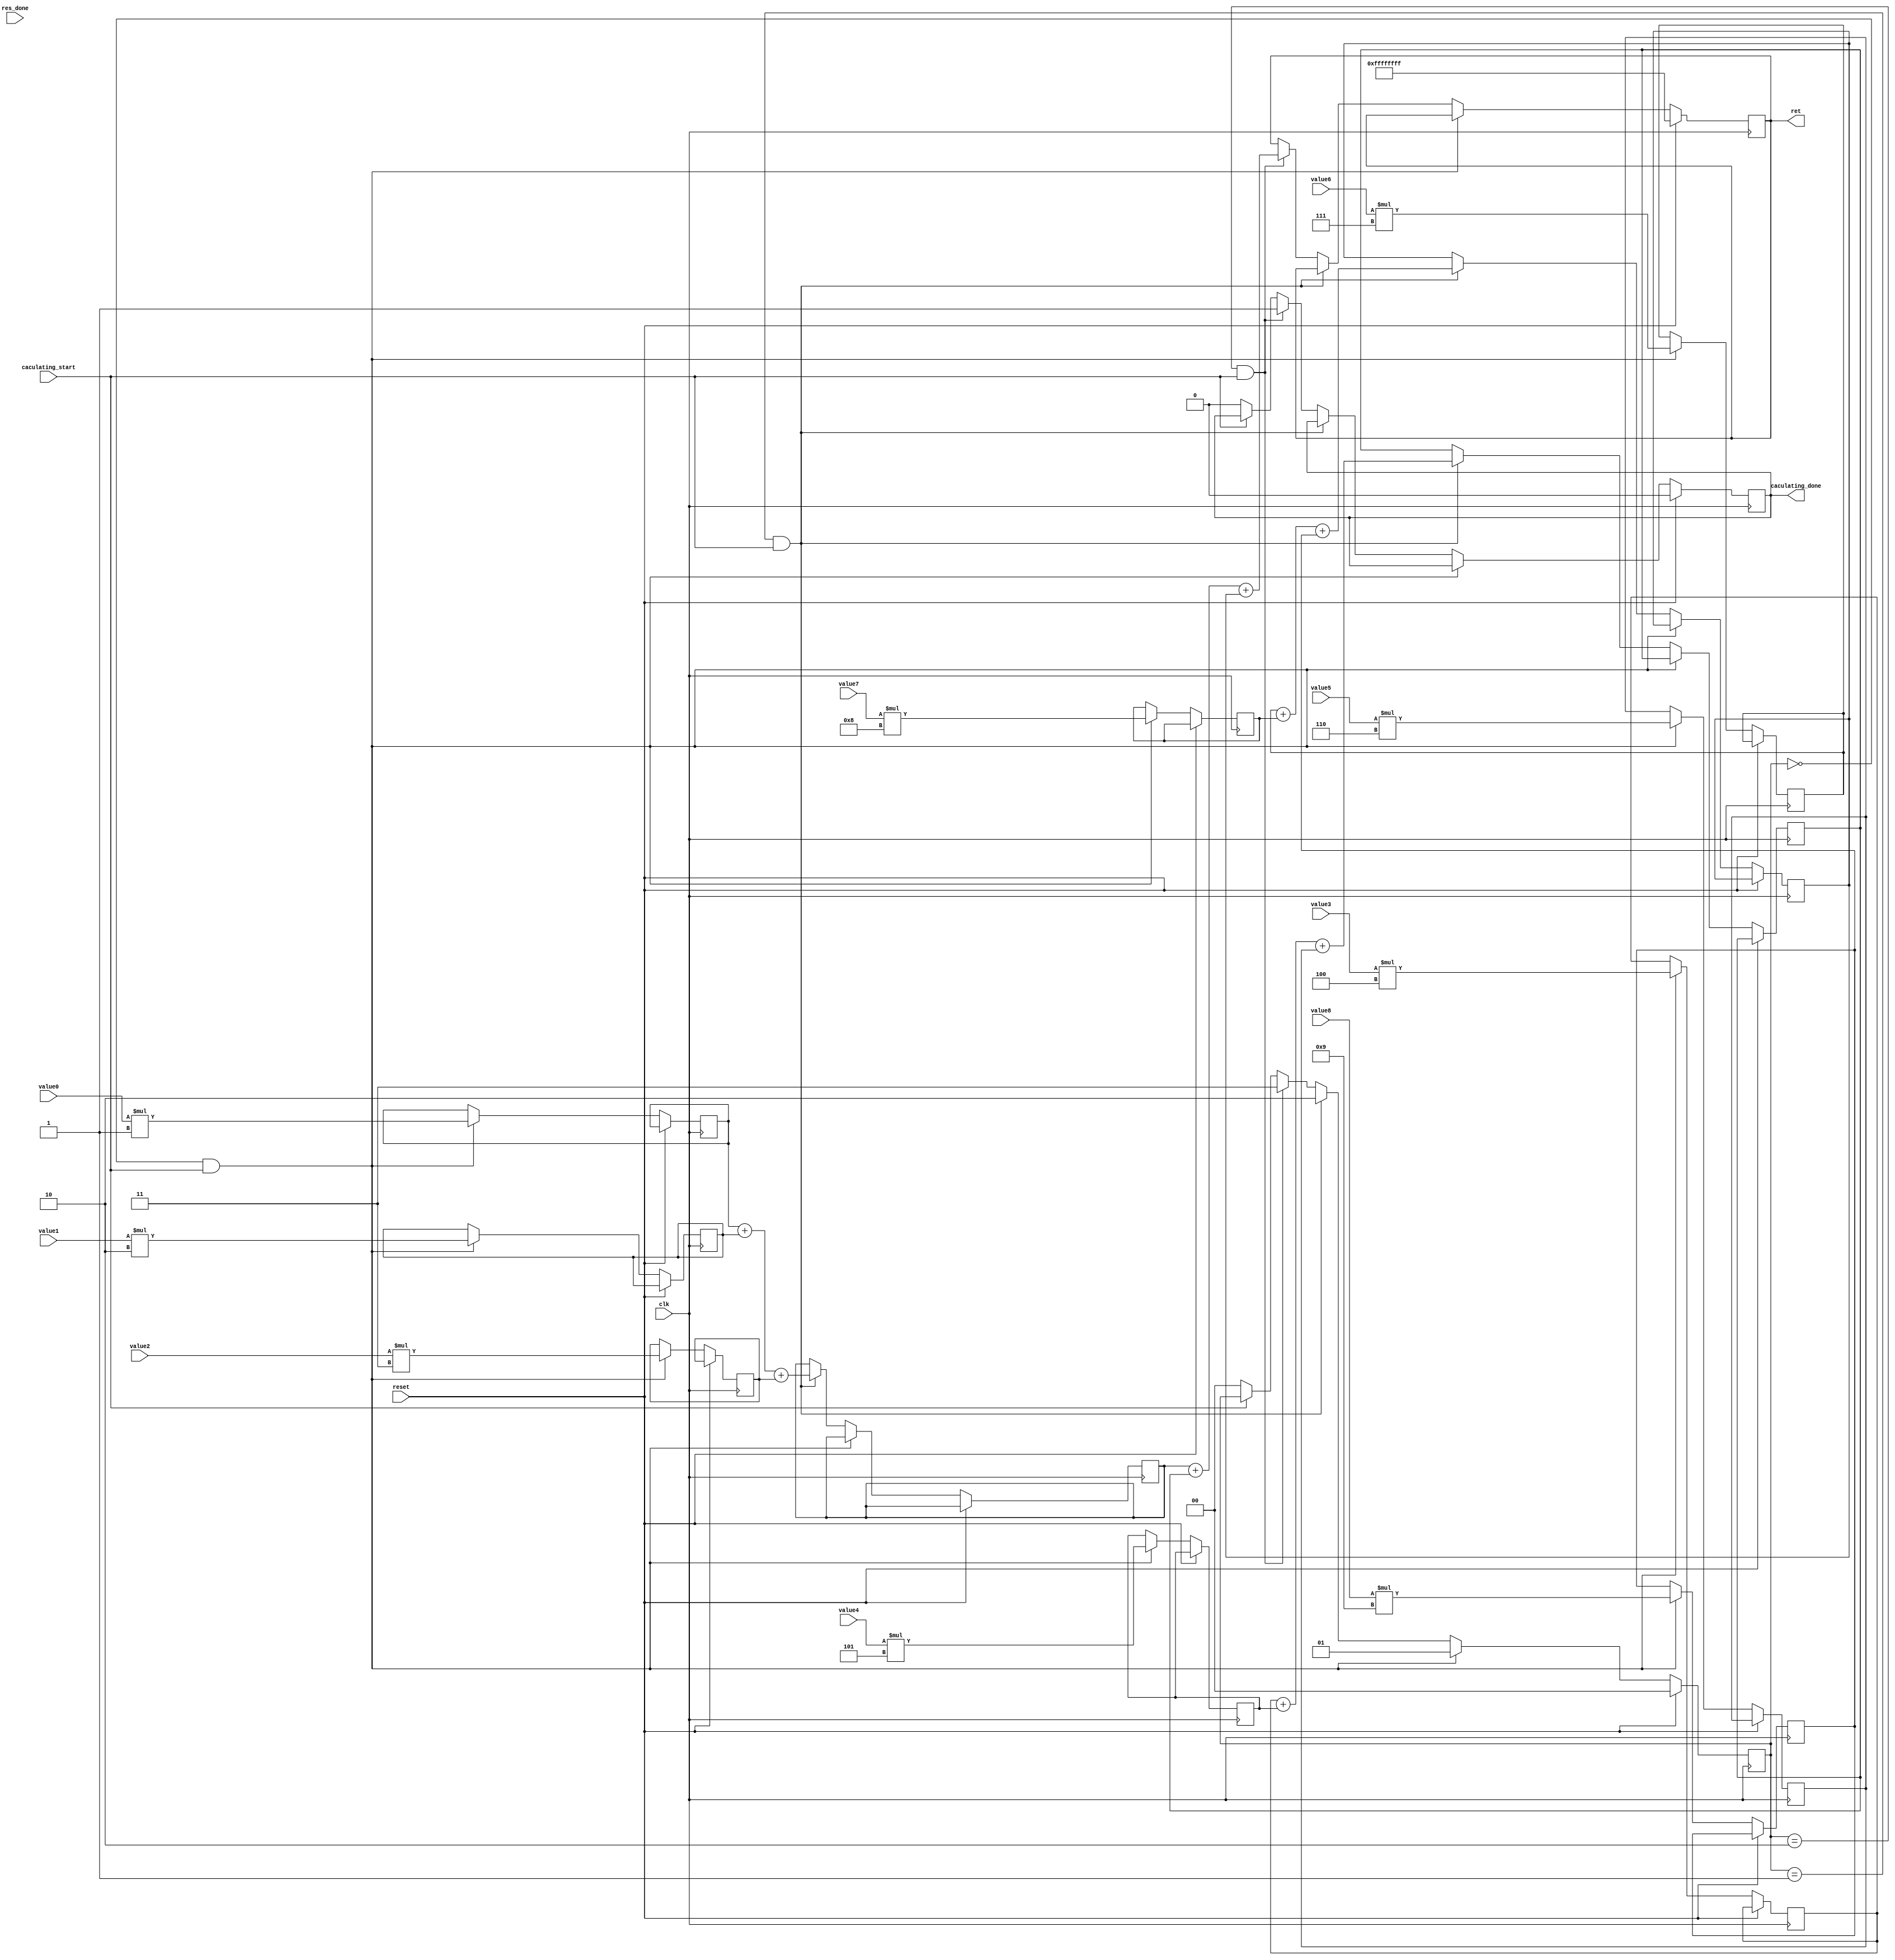
module convolution_core (
input clk,
input reset,
input [31:0] value0,
input [31:0] value1,
input [31:0] value2,
input [31:0] value3,
input [31:0] value4,
input [31:0] value5,
input [31:0] value6,
input [31:0] value7,
input [31:0] value8,
input caculating_start,
output reg caculating_done,
input res_done,
output reg [31:0] ret
);
	parameter kernel0 = 8'd1;
	parameter kernel1 = 8'd2;
	parameter kernel2 = 8'd3;
	parameter kernel3 = 8'd4;
	parameter kernel4 = 8'd5;
	parameter kernel5 = 8'd6;
	parameter kernel6 = 8'd7;
	parameter kernel7 = 8'd8;
	parameter kernel8 = 8'd9;
	reg [31:0] Add0,Add1,Add2,Add3,Add4,Add5,Add6,Add7,Add8;
	reg [1:0] status;
	reg [31:0] reg_31, reg_32, reg_33;
	always @(posedge clk) begin
		if (reset) begin
			status <= 2'b00;
			ret <= 32'hffffffff;
			caculating_done <= 1'b0;
		end else if (status == 2'b00 && caculating_start) begin
			Add0 <= value0 * kernel0;
			Add1 <= value1 * kernel1;
			Add2 <= value2 * kernel2;
			Add3 <= value3 * kernel3;
			Add4 <= value4 * kernel4;
			Add5 <= value5 * kernel5;
			Add6 <= value6 * kernel6;
			Add7 <= value7 * kernel7;
			Add8 <= value8 * kernel8;
			status <= 1'b01;
		end else if (status == 2'b01 && caculating_start) begin
			reg_31 <= Add0+Add1+Add2;
			reg_32 <= Add3+Add4+Add5;
			reg_33 <= Add6+Add7+Add8;
			status <= 2'b10;
		end else if (status == 2'b10 && caculating_start) begin
			ret <= reg_31 + reg_32 + reg_33;
			status <= 2'b11; 
			caculating_done <= 1'b1;
		end else  if (caculating_start == 1'b0)begin
			caculating_done <= 1'b0;
			status <= 2'b00;
		end
	end 
endmodule